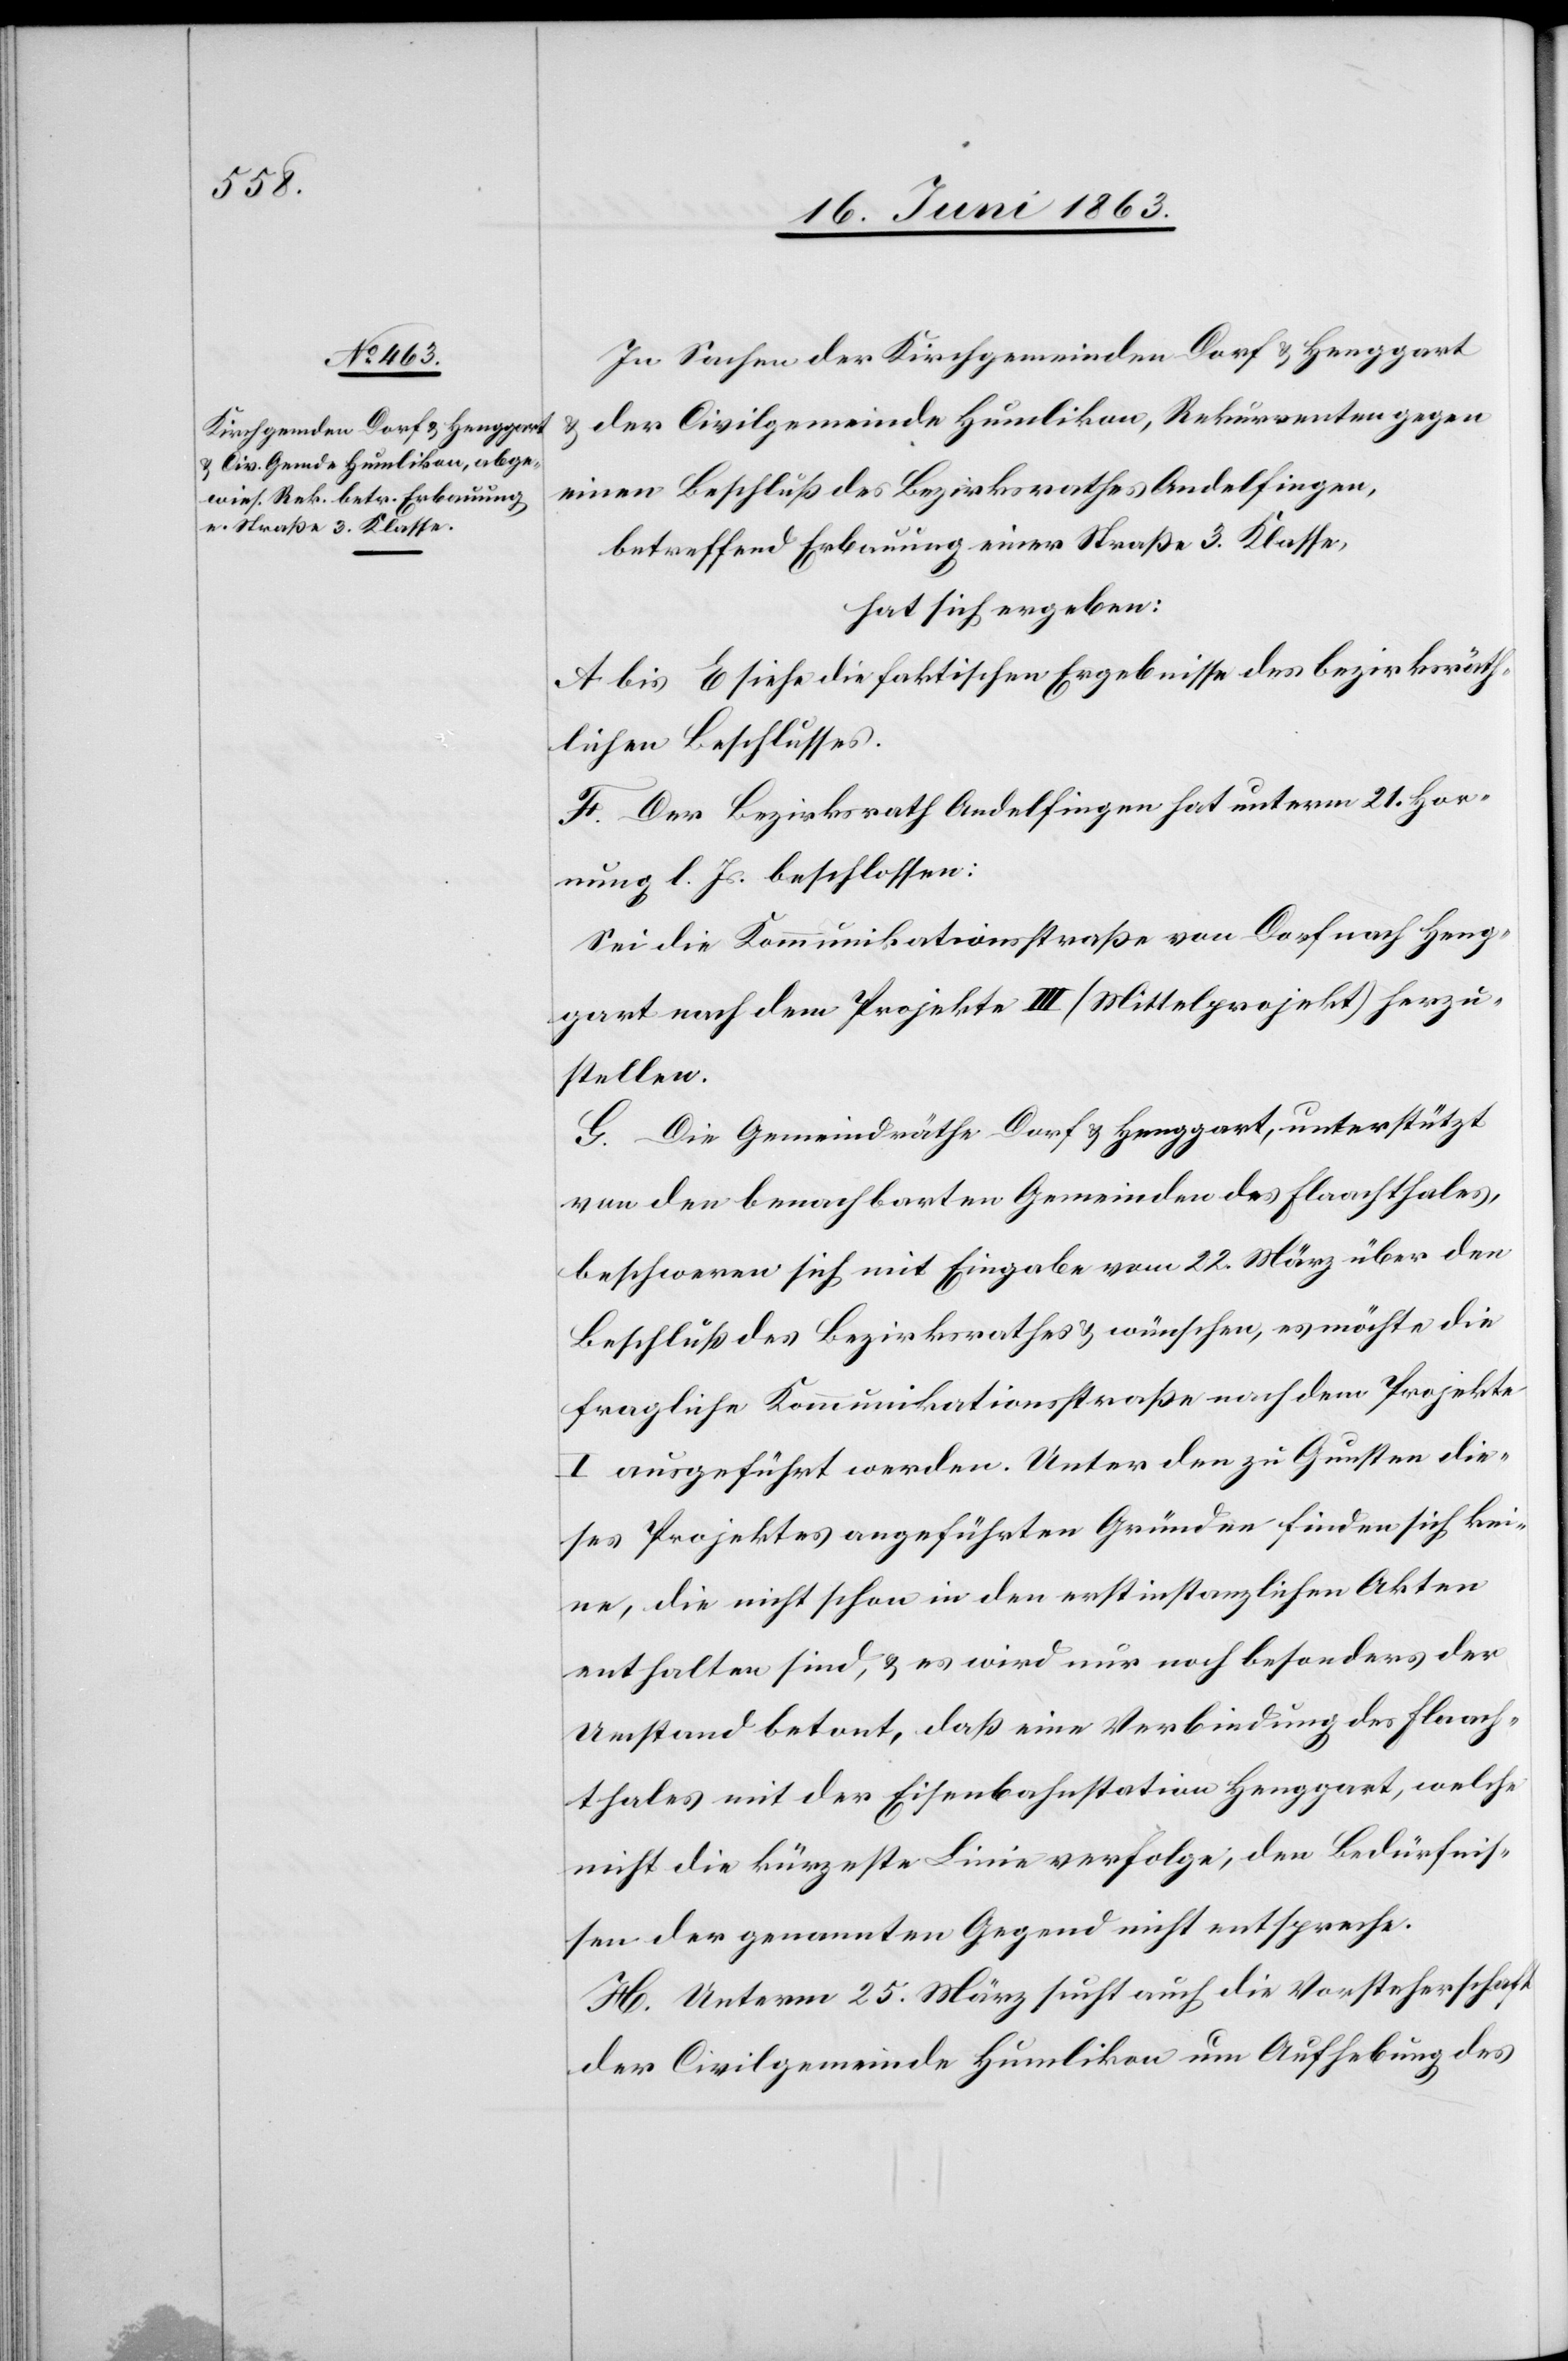
In Sachen der Kirchgemeinde Dorf & Henggart
der Civilgemeinde Humlikon, Rekurrenten gegen
einen Beschluß des Bezirksrathes Andelfingen,
betreffend Erbauung einer Straße 3. Klasse
hat sich ergeben:
A bis E siehe die faktischen Ergebnisse des bezirksräth¬
lichen Beschlusses.
F. Der Bezirksrath Andelfingen hat unterm 21. Hor¬
nung l. Js. beschlossen:
Sei die Kommunikationsstraße von Dorf nach Heng¬
gart nach dem Projekte III (Mittelprojekt) herzu¬
stellen.
G. Die Gemeindräthe Dorf & Henggart, unterstützt
von den benachbarten Gemeinden des Flaachthales,
beschweren sich mit Eingabe vom 22. März über den
Beschluß des Bezirksrathes & wünschen, es möchte die
fragliche Kommunikationsstraße nach dem Projekte
I ausgeführt werden. Unter den zu Gunsten die¬
ses Projektes angeführten Gründen finden sich kei¬
ne, die nicht schon in den erstinstanzlichen Akten
enthalten sind, & es wird nur noch besonders der
Umstand betont, daß eine Verbindung des Flaach¬
thales mit der Eisenbahnstation Henggart, welche
nicht die kürzeste Linie verfolge, den Bedürfnis¬
sen der genannten Gegend nicht entspreche.
H. Unterm 25. März sucht auch die Vorsteherschaft
der Civilgemeinde Humlikon um Aufhebung des